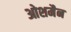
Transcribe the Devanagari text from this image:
ओशमैन